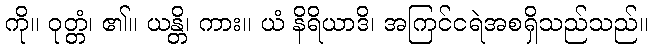
ကို။ ဝုတ္တံ၊ ၏။ ယန္တိ၊ ကား။ ယံ နိရိယာဒိ၊ အကြင်ငရဲအစရှိသည်သည်။